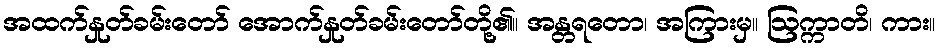
အထက်နှုတ်ခမ်းတော် အောက်နှုတ်ခမ်းတော်တို့၏။ အန္တရတော၊ အကြားမှ။ ဩက္ကာတိ၊ ကား။